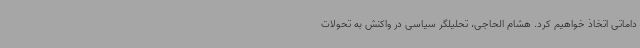
داماتی اتخاذ خواهیم کرد. هشام الحاجی، تحلیلگر سیاسی در واکنش به تحولات